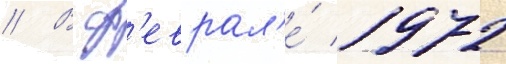
// В ф'еврал'е́ 1972